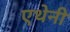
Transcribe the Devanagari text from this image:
एथेनी